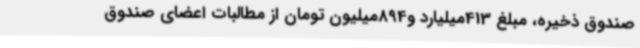
صندوق ذخیره، مبلغ 413میلیارد و894میلیون تومان از مطالبات اعضای صندوق